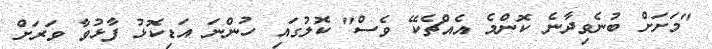
"މަށަށް ބުނެވިދާނެ ކޮންމެ އެއްޗެކޭ ވެސް" ކޮލުގައި ހުންނަ އަޑިކޮޅު ފާޅުވާ ވަރަށް